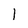
Character: 1